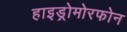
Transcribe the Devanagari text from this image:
हाइड्रोमोरफोन